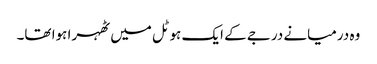
وہ درمیانے درجے کے ایک ہوٹل میں ٹھہرا ہوا تھا۔